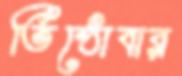
তিষ্ঠোবার